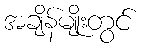
အချိန်မျိုးတွင်